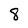
Character: 8